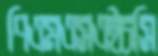
পিএমএসএইচসি